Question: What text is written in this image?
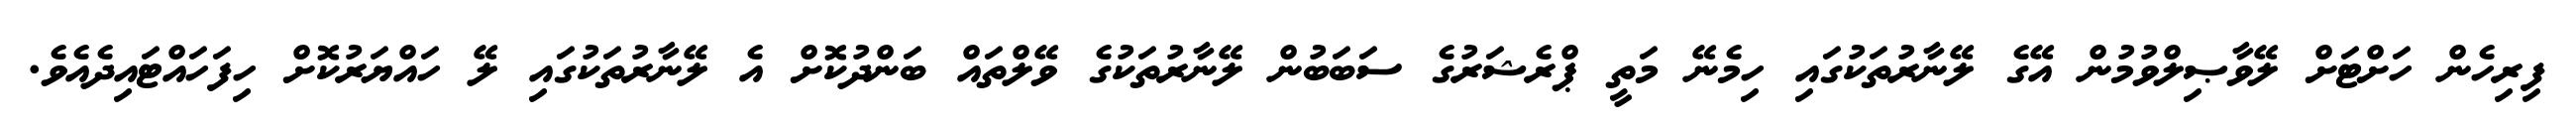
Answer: ފިރިހެން ހަށްޓަށް ލޭވާޞިލްވުމުން އޭގެ ލޭނާރުތަކުގައި ހިމެނޭ މަތީ ޕްރެޝަރުގެ ސަބަބުން ލޭނާރުތަކުގެ ވޭލްތައް ބަންދުކޮށް އެ ލޭނާރުތަކުގައި ލޭ ހައްޔަރުކޮށް ހިފަހައްޓައިދެއެވެ.